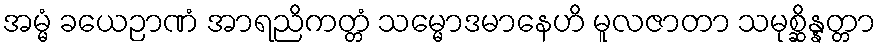
အမ္မံ ခယေဉာဏံ အာရညိကတ္တံ သမ္မောဒမာနေဟိ မူလဇာတာ သမုစ္ဆိန္နတ္တာ